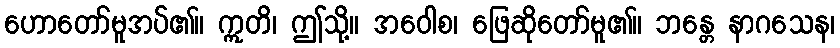
ဟောတော်မူအပ်၏။ ဣတိ၊ ဤသို့။ အဝေါစ၊ ဖြေဆိုတော်မူ၏။ ဘန္တေ နာဂသေန၊